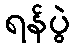
ရန်ပွဲ